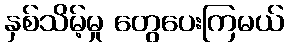
နှစ်သိမ့်မှု တွေပေးကြမယ်